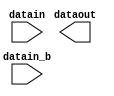
// megafunction wizard: %ALTIOBUF%VBB%
// GENERATION: STANDARD
// VERSION: WM1.0
// MODULE: altiobuf_in 

// ============================================================
// Megafunction Name(s):
// 			altiobuf_in
//
// Simulation Library Files(s):
// 			cyclonev
// ============================================================
// ************************************************************
// THIS IS A WIZARD-GENERATED FILE. DO NOT EDIT THIS FILE!
//
// 15.0.2 Build 153 07/15/2015 SJ Full Version
// ************************************************************

//Copyright (C) 1991-2015 Altera Corporation. All rights reserved.
//Your use of Altera Corporation's design tools, logic functions 
//and other software and tools, and its AMPP partner logic 
//functions, and any output files from any of the foregoing 
//(including device programming or simulation files), and any 
//associated documentation or information are expressly subject 
//to the terms and conditions of the Altera Program License 
//Subscription Agreement, the Altera Quartus II License Agreement,
//the Altera MegaCore Function License Agreement, or other 
//applicable license agreement, including, without limitation, 
//that your use is for the sole purpose of programming logic 
//devices manufactured by Altera and sold by Altera or its 
//authorized distributors.  Please refer to the applicable 
//agreement for further details.

module lvds_altiobuf17_i (
	datain,
	datain_b,
	dataout)/* synthesis synthesis_clearbox = 1 */;

	input	[16:0]  datain;
	input	[16:0]  datain_b;
	output	[16:0]  dataout;

endmodule

// ============================================================
// CNX file retrieval info
// ============================================================
// Retrieval info: PRIVATE: INTENDED_DEVICE_FAMILY STRING "Cyclone V"
// Retrieval info: PRIVATE: SYNTH_WRAPPER_GEN_POSTFIX STRING "0"
// Retrieval info: LIBRARY: altera_mf altera_mf.altera_mf_components.all
// Retrieval info: CONSTANT: INTENDED_DEVICE_FAMILY STRING "Cyclone V"
// Retrieval info: CONSTANT: enable_bus_hold STRING "FALSE"
// Retrieval info: CONSTANT: number_of_channels NUMERIC "17"
// Retrieval info: CONSTANT: use_differential_mode STRING "TRUE"
// Retrieval info: CONSTANT: use_dynamic_termination_control STRING "FALSE"
// Retrieval info: USED_PORT: datain 0 0 17 0 INPUT NODEFVAL "datain[16..0]"
// Retrieval info: USED_PORT: datain_b 0 0 17 0 INPUT NODEFVAL "datain_b[16..0]"
// Retrieval info: USED_PORT: dataout 0 0 17 0 OUTPUT NODEFVAL "dataout[16..0]"
// Retrieval info: CONNECT: @datain 0 0 17 0 datain 0 0 17 0
// Retrieval info: CONNECT: @datain_b 0 0 17 0 datain_b 0 0 17 0
// Retrieval info: CONNECT: dataout 0 0 17 0 @dataout 0 0 17 0
// Retrieval info: GEN_FILE: TYPE_NORMAL lvds_altiobuf17_i.v TRUE
// Retrieval info: GEN_FILE: TYPE_NORMAL lvds_altiobuf17_i.inc FALSE
// Retrieval info: GEN_FILE: TYPE_NORMAL lvds_altiobuf17_i.cmp FALSE
// Retrieval info: GEN_FILE: TYPE_NORMAL lvds_altiobuf17_i.bsf FALSE
// Retrieval info: GEN_FILE: TYPE_NORMAL lvds_altiobuf17_i_inst.v TRUE
// Retrieval info: GEN_FILE: TYPE_NORMAL lvds_altiobuf17_i_bb.v TRUE
// Retrieval info: LIB_FILE: cyclonev